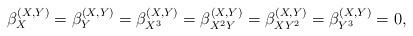
LaTeX: \begin{align*} \beta^{(X,Y)}_X=\beta^{(X,Y)}_Y=\beta^{(X,Y)}_{X^3}=\beta^{(X,Y)}_{X^2Y}=\beta^{(X,Y)}_{XY^2}=\beta^{(X,Y)}_{Y^3}=0,\end{align*}